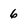
Character: 6